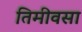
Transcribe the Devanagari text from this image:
तिमीवसा